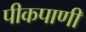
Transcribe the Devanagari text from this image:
पीकपाणी